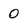
Character: 0